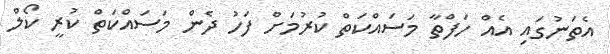
އެތަނުގައި އެއް ހަފްތާ މަސައްކަތް ކުރުމަށް ފަހު ދެން މަސައްކަތް ކުރީ ކޯލް